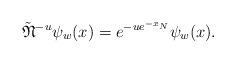
LaTeX: \begin{align*}\tilde{\mathfrak{N}}^{-u} \psi_{w}(x) = e^{-ue^{-x_N}}\psi_w(x).\end{align*}